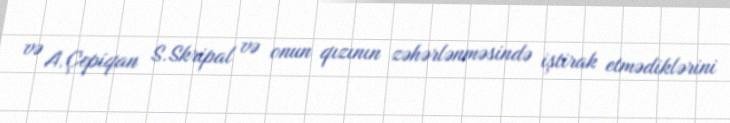
və A.Çepiqan S.Skripal və onun qızının zəhərlənməsində iştirak etmədiklərini